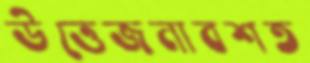
উত্তেজনাবশত